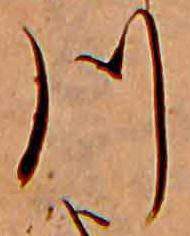
川